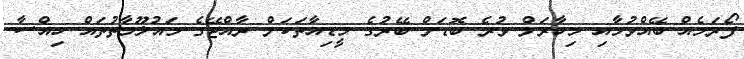
ފޯރަމެއް ބޭއްވުމާއި މިހާރަށް ވުރެ ބޮޑަށް ބޭރުގެ މީޑިއާތަކަށް ރާއްޖޭގެ މައުލޫމާތުތައް ހިއްސާ